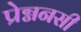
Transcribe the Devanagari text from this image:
प्रेग्ननसी